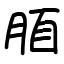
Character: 脜